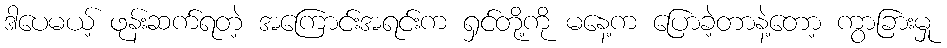
ဒါပေမယ့် ဖုန်းဆက်ရတဲ့ အကြောင်းအရင်းက ရှင်တို့ကို မနေ့က ပြောခဲ့တာနဲ့တော့ ကွာခြားမှု